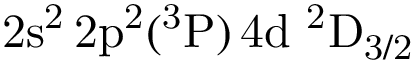
\mathrm { 2 s ^ { 2 } \, 2 p ^ { 2 } ( ^ { 3 } P ) \, 4 d ~ ^ { 2 } D _ { 3 / 2 } }